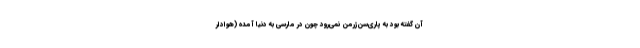
آن گفته بود به پاری‌سن‌ژرمن نمی‌رود چون در مارسی به دنیا آمده (هوادار